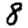
Digit: 8